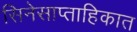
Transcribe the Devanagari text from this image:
सिनेसाप्ताहिकात